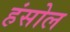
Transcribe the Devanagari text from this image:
हंसोल